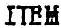
ITEM